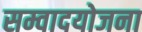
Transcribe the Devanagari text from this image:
सम्वादयोजना